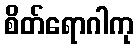
စိတ်ရောဂါကု